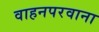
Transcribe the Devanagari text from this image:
वाहनपरवाना